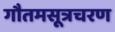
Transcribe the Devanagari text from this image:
गौतमसूत्रचरण